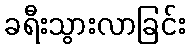
ခရီးသွားလာခြင်း